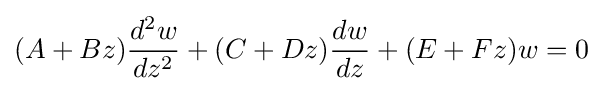
(A+Bz){\frac {d^{2}w}{dz^{2}}}+(C+Dz){\frac {dw}{dz}}+(E+Fz)w=0